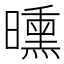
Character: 曛